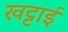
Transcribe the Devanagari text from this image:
खट्टाई